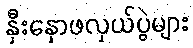
နှီးနှောဖလှယ်ပွဲများ